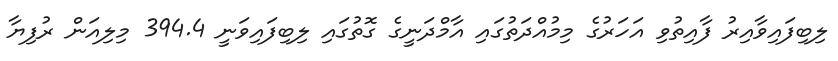
ލިބިފައިވާއިރު ފާއިތުވި އަހަރުގެ މިމުއްދަތުގައި އާމްދަނީގެ ގޮތުގައި ލިބިފައިވަނީ 394.4 މިލިއަން ރުފިޔާ